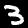
Digit: 3